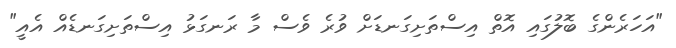
"އަހަރެންގެ ބޮލުގައި އޮތް އިސްތަށިގަނޑަށް ވުރެ ވެސް މާ ރަނގަޅު އިސްތަށިގަނޑެއް އެއީ"